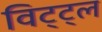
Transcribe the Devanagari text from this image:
विट्ट्ल